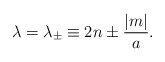
\begin{align*}\lambda = \lambda_{\pm} \equiv 2n \pm {|m| \over a}.\end{align*}